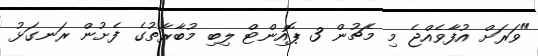
"ވަރަށް އުފާވެއްޖެ މި މެޗުން 3 ޕޮއިންޓް ލިބި މުބާރާތުގެ ފެށުން ރަނގަޅު